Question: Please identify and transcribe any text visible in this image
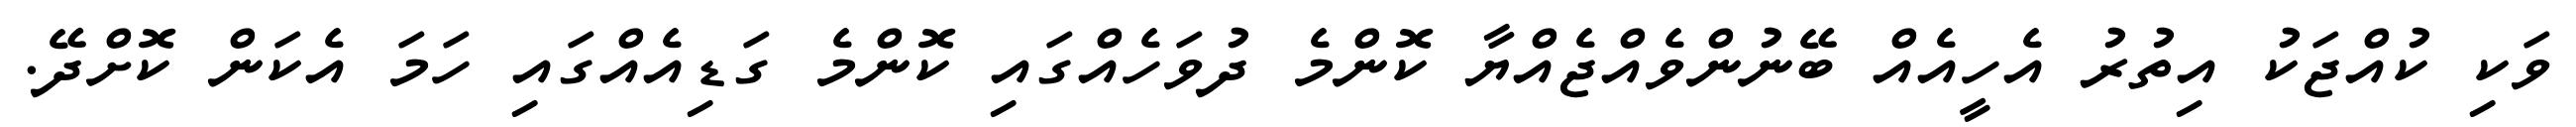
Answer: ވަކި ކުއްޖަކު އިތުރު އެހީއެއް ބޭނުންވެއްޖެއްޔާ ކޮންމެ ދުވަހެއްގައި ކޮންމެ ގަޑިއެއްގައި ހަމަ އެކަން ކޮށްދޭ.